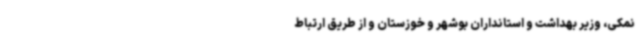
نمکی، وزیر بهداشت و استانداران بوشهر ‌و خوزستان و از طریق ارتباط